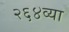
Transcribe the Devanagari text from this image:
२६४व्या